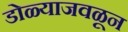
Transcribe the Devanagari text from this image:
डोळ्याजवळून